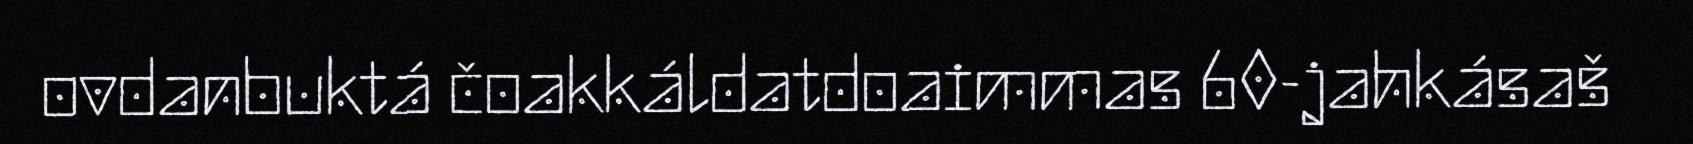
ovdanbuktá čoakkáldatdoaimmas 60-jahkásaš